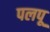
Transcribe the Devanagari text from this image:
पलपू